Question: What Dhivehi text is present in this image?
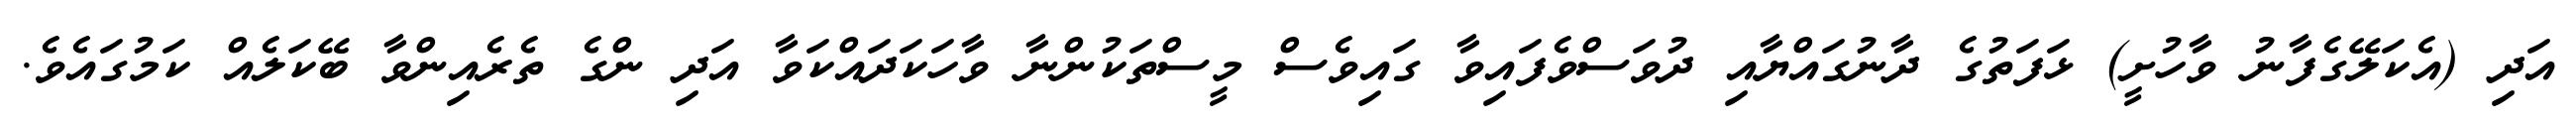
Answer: އަދި (އެކަލޭގެފާނު ވާހުށީ) ޅަފަތުގެ ދާނުގައްޔާއި ދުވަސްވެފައިވާ ގައިވެސް މީސްތަކުންނާ ވާހަކަދައްކަވާ އަދި ންގެ ތެރެއިންވާ ބޭކަލެއް ކަމުގައެވެ.